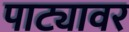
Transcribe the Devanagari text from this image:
पाट्यावर